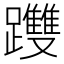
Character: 𨇯